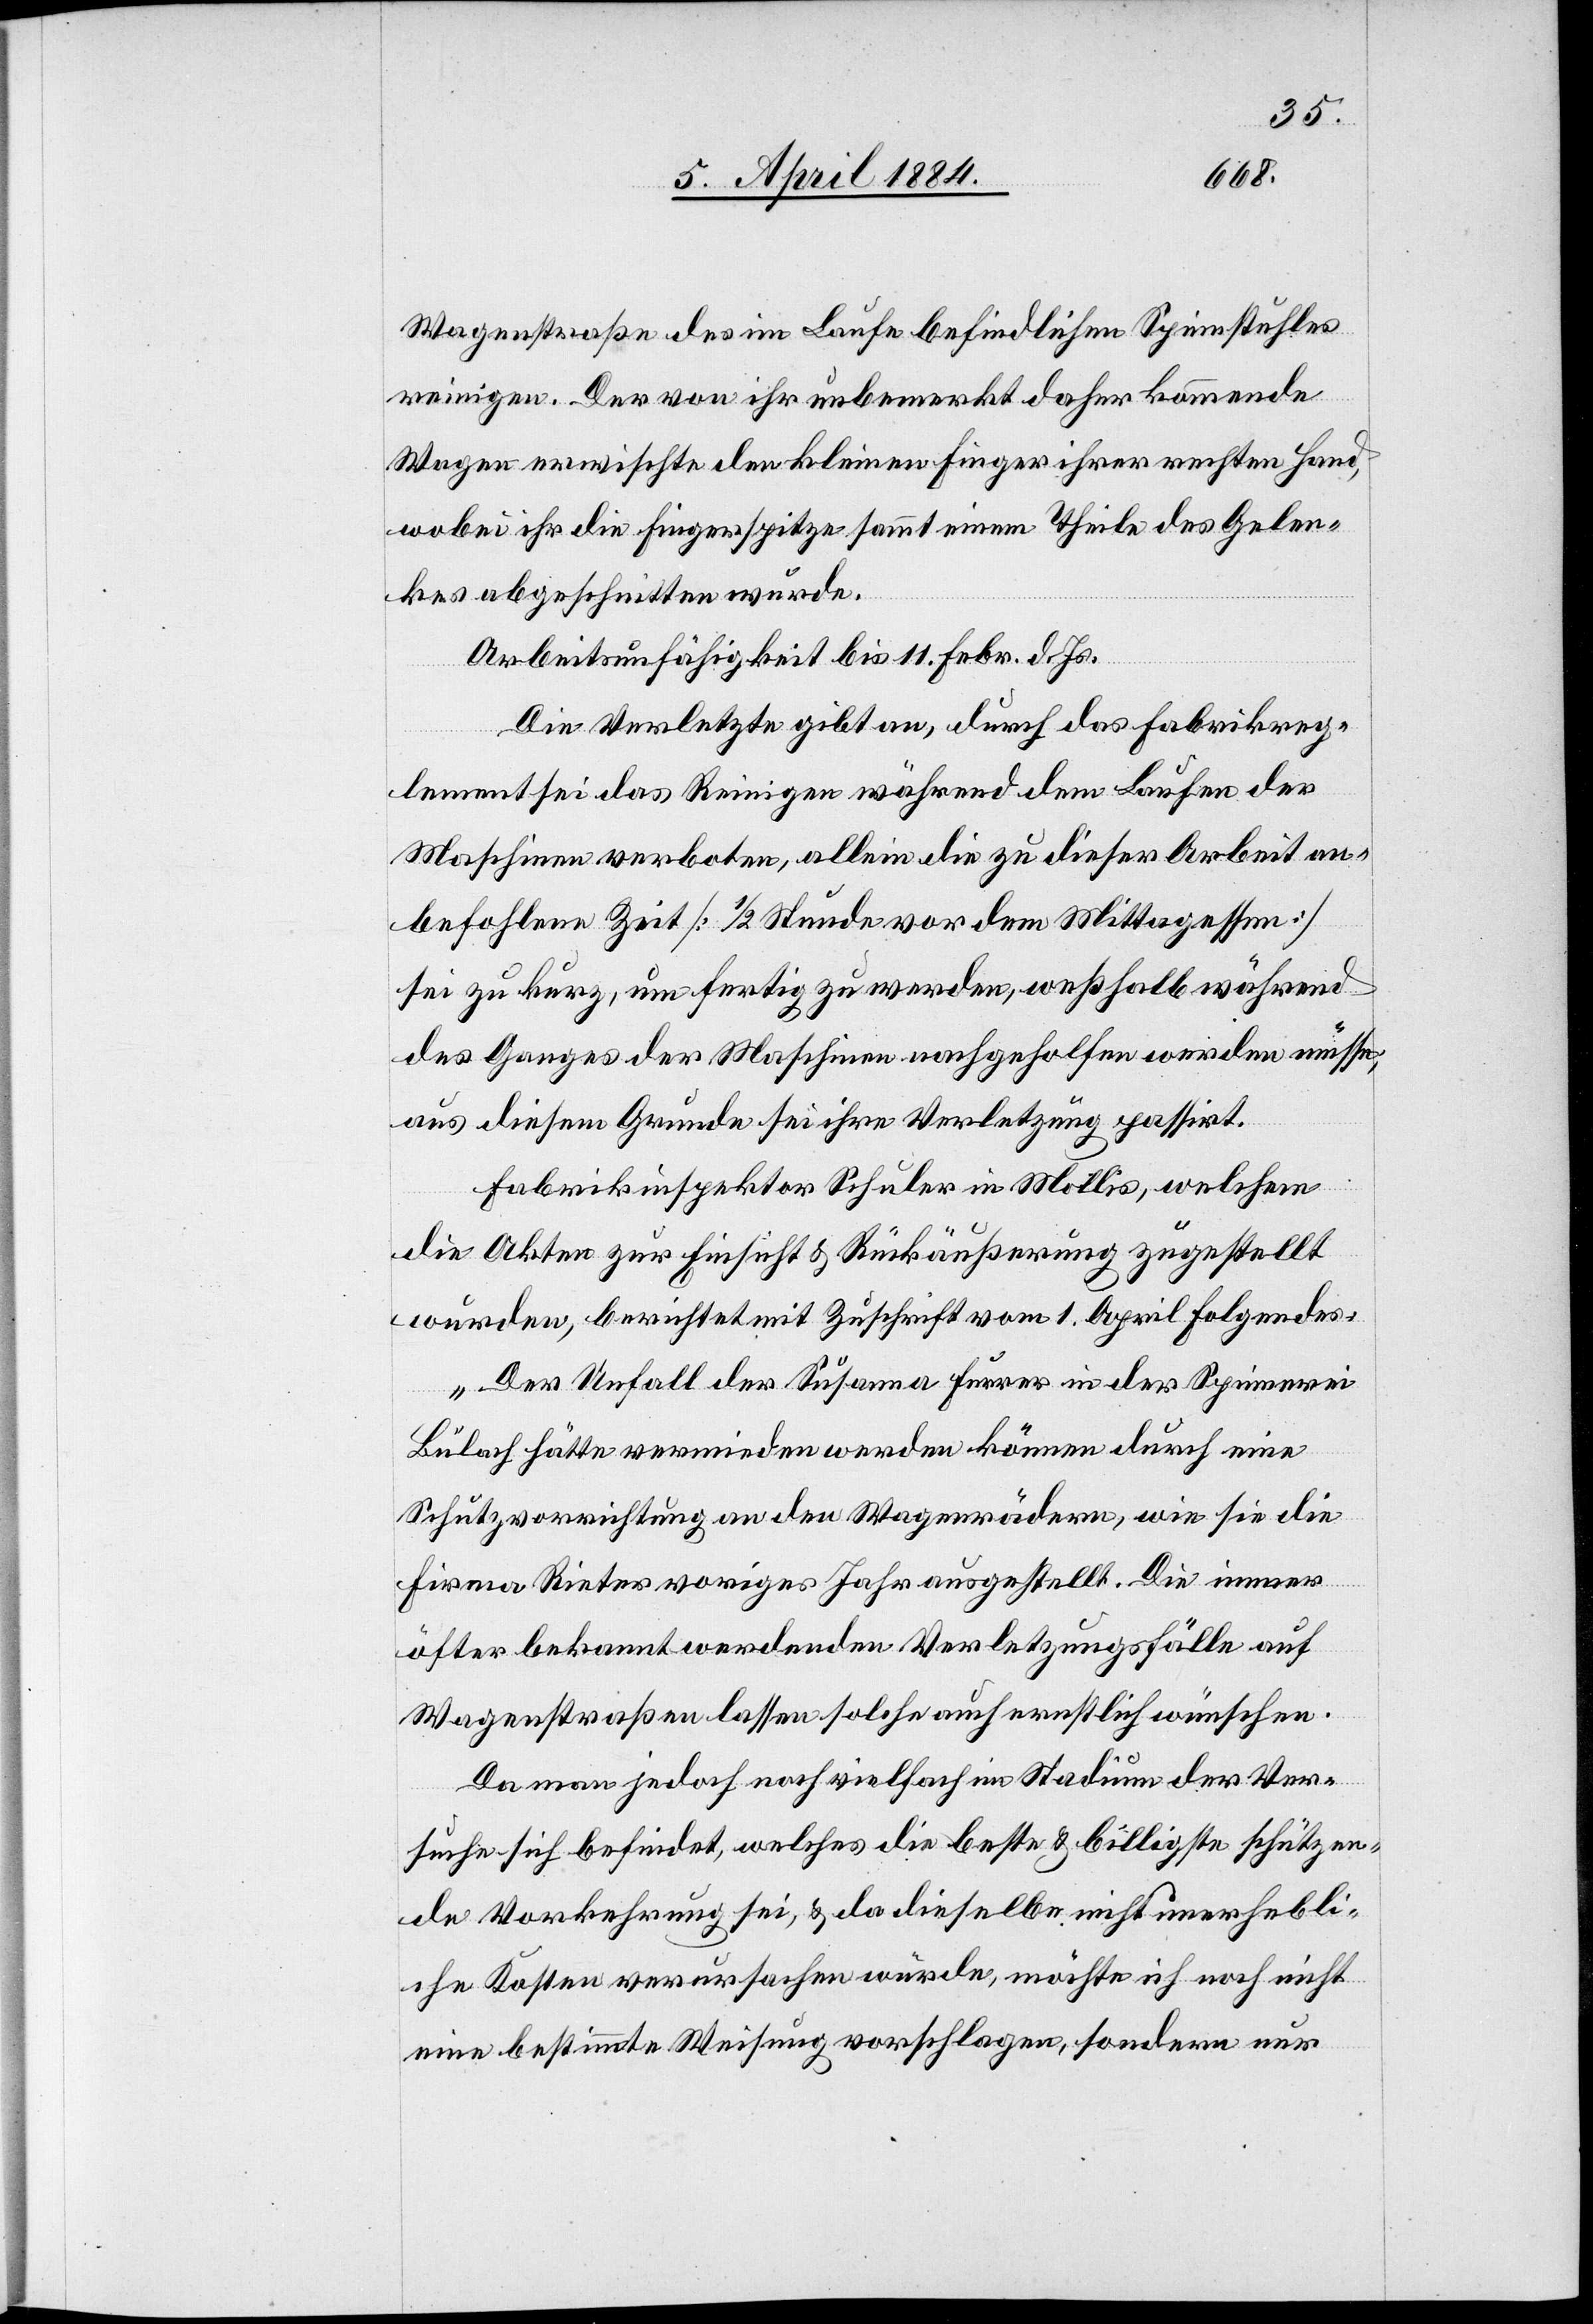
Wagenstraße des im Laufe befindlichen Spinnstuhles
reinigen. Der von ihr unbemerkt daher kommende
Wagen erwischte den kleinen Finger ihrer rechten Hand,
wobei ihr die Fingerspitze sammt einem Theile des Gelen¬
kes abgeschnitten wurde.
Arbeitsunfähigkeit bis 11. Febr. d. Js.
Die Verletzte gibt an, durch das Fabrikreg¬
lement sei das Reinigen während dem Laufen der
Maschine verboten, allein die zu dieser Arbeit an¬
befohlene Zeit [1/2 Stunde vor dem Mittagessen]
sei zu kurz, um fertig zu werden, weßhalb während
des Ganges der Maschine nachgeholfen werden müsse,
aus diesem Grunde sei ihre Verletzung passirt.
Fabrikinspektor Schuler in Mollis, welchem
die Akten zur Einsicht & Rückäußerung zugestellt
wurden, berichtet mit Zuschrift vom 1. April folgendes:
„Der Unfall der Susanna Feurer in der Spinnerei
Bülach hätte vermieden werden können durch eine
Schutzvorrichtung an den Wagenrädern, wie sie die
Firma Rieter voriges Jahr ausgestellt. Die immer
öfter bekannt werdenden Verletzungsfälle auf
Wagenstraßen lassen solche auch ernstlich wünschen.
Da man jedoch noch vielfach im Stadium der Ver¬
suche sich befindet, welches die beste & billigste schützen¬
de Vorkehrung sei, & da dieselbe nicht unerhebli¬
che Kosten verursachen würde, möchte ich noch nicht
eine bestimmte Weisung vorschlagen, sondern nur